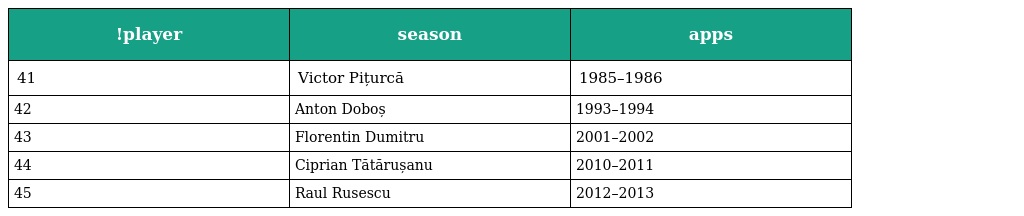
| !player | season | apps |
 | --- | --- | --- |
 | 41 | Victor Pițurcă | 1985–1986 |
 | 42 | Anton Doboș | 1993–1994 |
 | 43 | Florentin Dumitru | 2001–2002 |
 | 44 | Ciprian Tătărușanu | 2010–2011 |
 | 45 | Raul Rusescu | 2012–2013 |